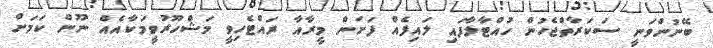
ބޭނުންވަނީ ސަކަރާތްޖެހުން ހުއްޓާލާފައި ލައިފެއް ފަށަން މީރާއާ ރައްޓެހިވީ މަޝްހޫރުވީމަކާއެއް ނޫން ކަމަށް